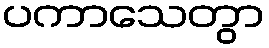
ပကာသေတွာ